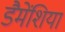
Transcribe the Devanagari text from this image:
डैमेंशिया